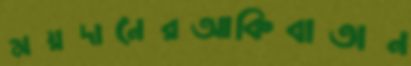
ময়দানেরআকিবাতান